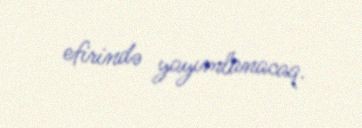
efirində yayımlanacaq.